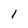
Character: l